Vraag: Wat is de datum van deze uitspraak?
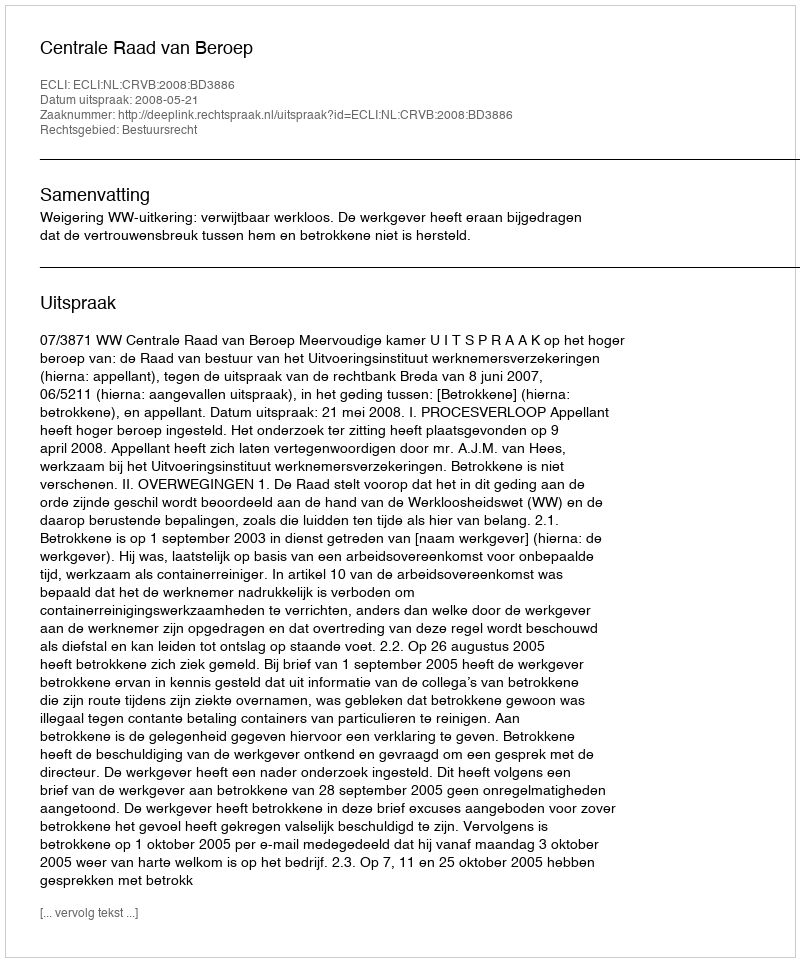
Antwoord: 2008-05-21